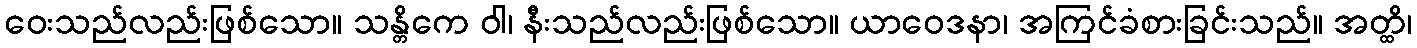
ဝေးသည်လည်းဖြစ်သော။ သန္တိကေ ဝါ၊ နီးသည်လည်းဖြစ်သော။ ယာဝေဒနာ၊ အကြင်ခံစားခြင်းသည်။ အတ္ထိ၊